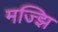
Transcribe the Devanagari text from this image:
मज्झि